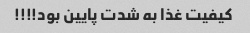
کیفیت غذا به شدت پایین بود!!!!